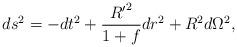
LaTeX: \begin{align*}d{s^2}=-d{t^2}+{{{R'}^2}\over{1+f}}d{r^2}+{R^2}d{\Omega^2},\end{align*}